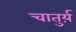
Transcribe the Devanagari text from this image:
चातुर्य़